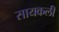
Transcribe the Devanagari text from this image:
सायकली